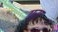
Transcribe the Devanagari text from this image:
ग्स